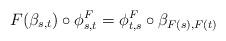
LaTeX: \begin{align*}F(\beta_{s,t}) \circ \phi^F_{s,t} =\phi^F_{t,s} \circ \beta_{F(s),F(t)} \end{align*}